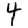
Digit: 4